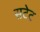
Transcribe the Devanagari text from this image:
सटेट